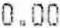
0.00